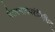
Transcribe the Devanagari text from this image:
नैतस्मादपरंकिंचित्